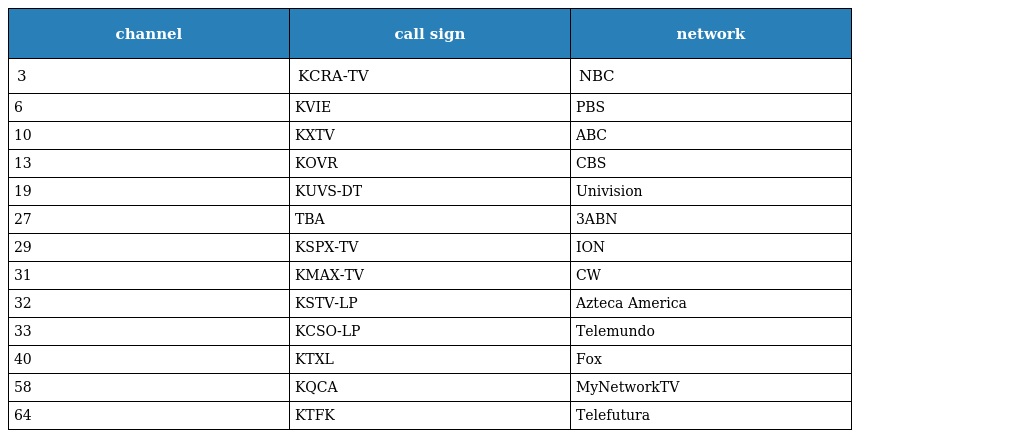
| channel | call sign | network |
 | --- | --- | --- |
 | 3 | KCRA-TV | NBC |
 | 6 | KVIE | PBS |
 | 10 | KXTV | ABC |
 | 13 | KOVR | CBS |
 | 19 | KUVS-DT | Univision |
 | 27 | TBA | 3ABN |
 | 29 | KSPX-TV | ION |
 | 31 | KMAX-TV | CW |
 | 32 | KSTV-LP | Azteca America |
 | 33 | KCSO-LP | Telemundo |
 | 40 | KTXL | Fox |
 | 58 | KQCA | MyNetworkTV |
 | 64 | KTFK | Telefutura |